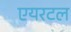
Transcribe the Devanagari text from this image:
एयरटल